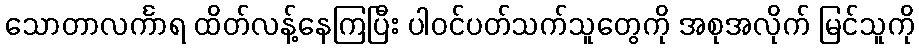
သောတာလင်္ကာရ ထိတ်လန့်နေကြပြီး ပါဝင်ပတ်သက်သူတွေကို အစုအလိုက် မြင်သူကို